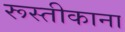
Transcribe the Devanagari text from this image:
रूस्तीकाना